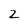
Character: 2